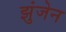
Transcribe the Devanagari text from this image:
झुंजेन